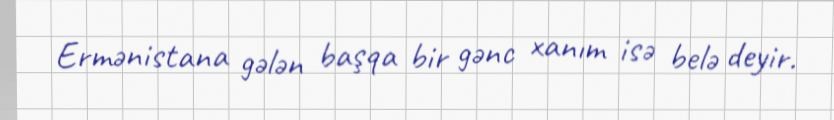
Ermənistana gələn başqa bir gənc xanım isə belə deyir.